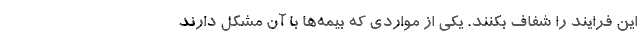
این فرایند را شفاف بکنند. یکی از مواردی که بیمه‌ها با آن مشکل دارند